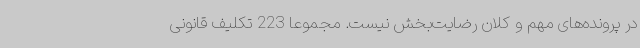
در پرونده‌های مهم و کلان رضایت‌بخش نیست. مجموعاً 223 تکلیف قانونی